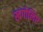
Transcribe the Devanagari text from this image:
खगोलिए